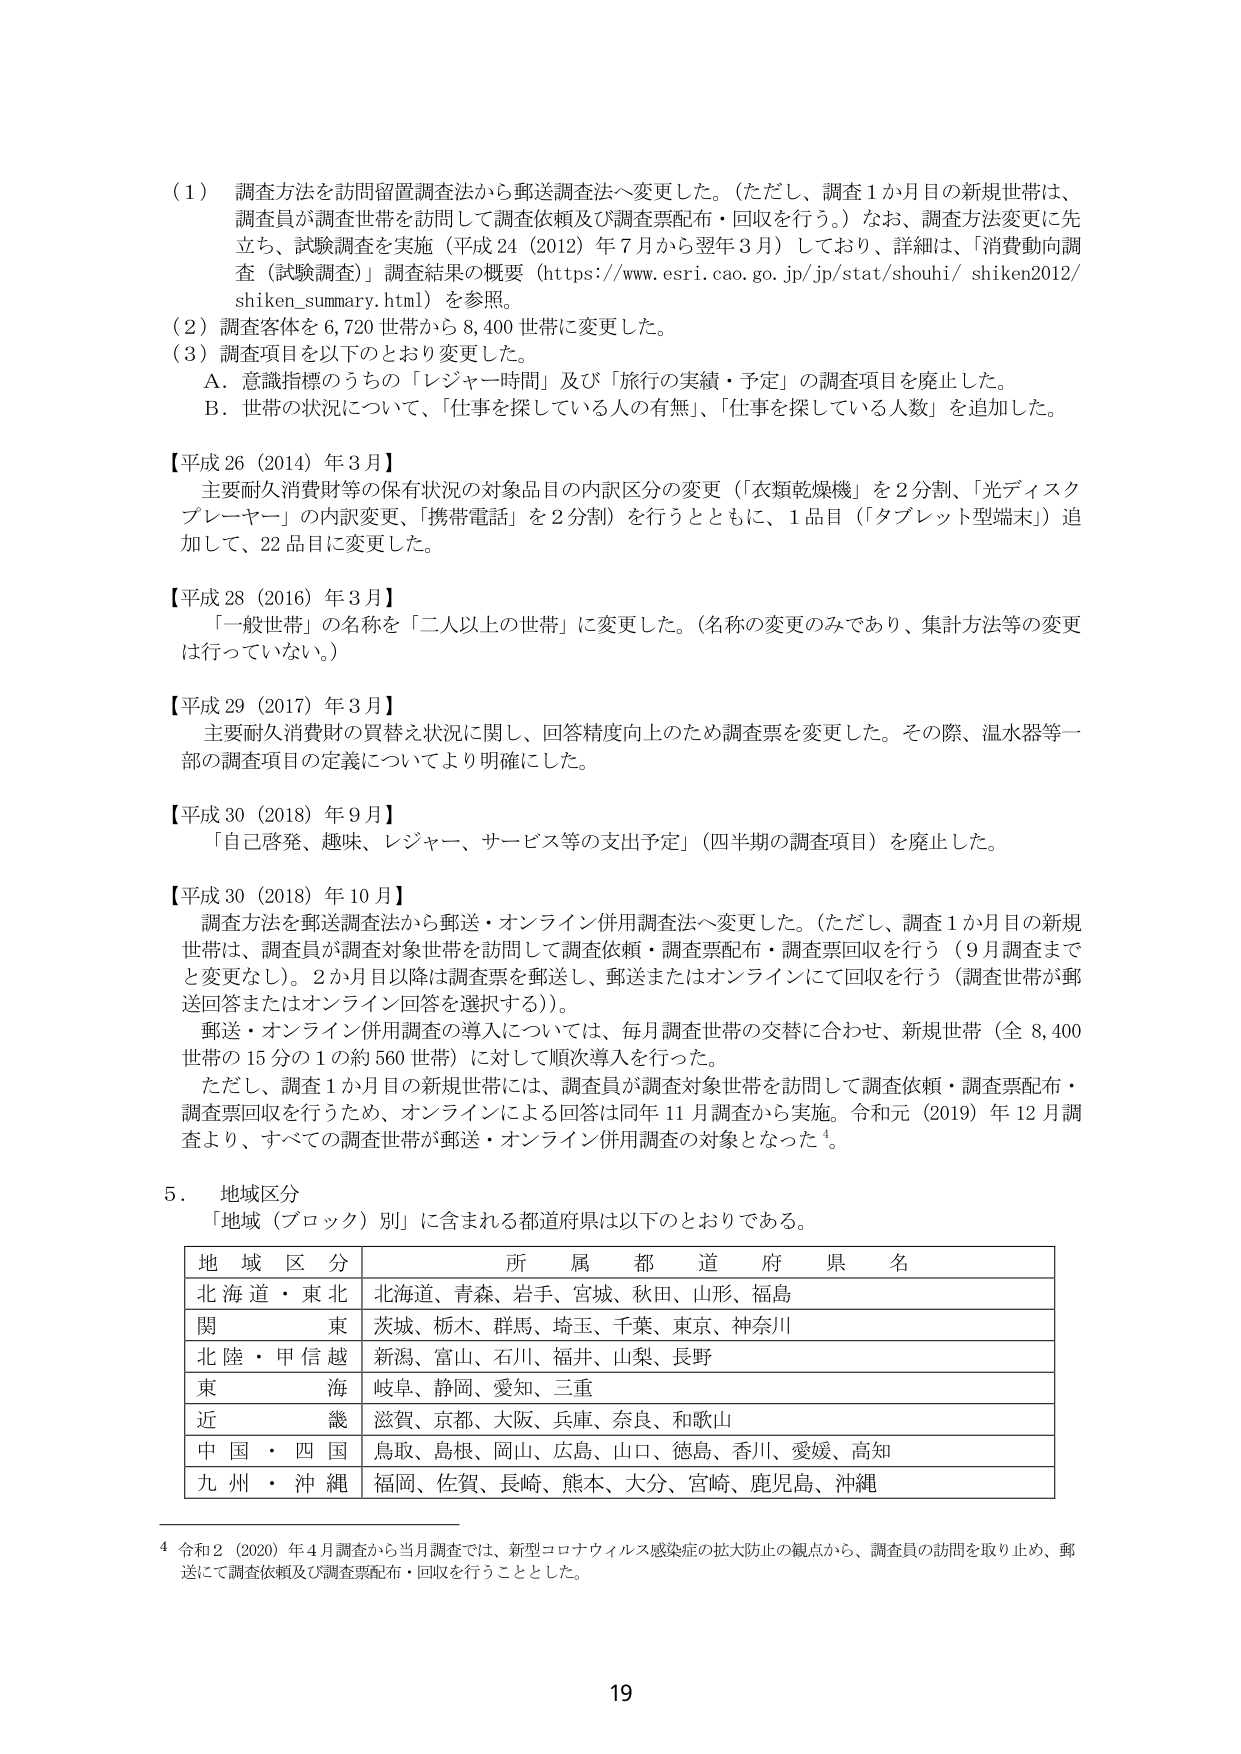
（1）調査方法を訪問留置調査法から郵送調査法へ変更した。（ただし、調査1か月目の新規世帯は、調査員が調査世帯を訪問して調査依頼及び調査票配布・回収を行う。）なお、調査方法変更に先立ち、試験調査を実施（平成24（2012）年7月から翌年3月）しており、詳細は、「消費動向調査（試験調査）」調査結果の概要（https://www.esri.cao.go.jp/jp/stat/shouhi/shiken2012/shiken_summary.html）を参照。

（2）調査客体を6,720世帯から8,400世帯に変更した。

（3）調査項目を以下のとおり変更した。
　A．意識指標のうちの「レジャー時間」及び「旅行の実績・予定」の調査項目を廃止した。
　B．世帯の状況について、「仕事を探している人の有無」、「仕事を探している人数」を追加した。

【平成26（2014）年3月】
　主要耐久消費財等の保有状況の対象品目の内訳区分の変更（「衣類乾燥機」を2分割、「光ディスクプレーヤー」の内訳変更、「携帯電話」を2分割）を行うとともに、1品目（「タブレット型端末」）追加して、22品目に変更した。

【平成28（2016）年3月】
　「一般世帯」の名称を「二人以上の世帯」に変更した。（名称の変更のみであり、集計方法等の変更は行っていない。）

【平成29（2017）年3月】
　主要耐久消費財の買替え状況に関し、回答精度向上のため調査票を変更した。その際、温水器等一部の調査項目の定義についてより明確にした。

【平成30（2018）年9月】
　「自己啓発、趣味、レジャー、サービス等の支出予定」（四半期の調査項目）を廃止した。

【平成30（2018）年10月】
　調査方法を郵送調査法から郵送・オンライン併用調査法へ変更した。（ただし、調査1か月目の新規世帯は、調査員が調査対象世帯を訪問して調査依頼・調査票配布・調査票回収を行う（9月調査までと変更なし）。2か月目以降は調査票を郵送し、郵送またはオンラインにて回収を行う（調査世帯が郵送回答またはオンライン回答を選択する）。）
　郵送・オンライン併用調査の導入については、毎月調査世帯の交替に合わせ、新規世帯（全8,400世帯の15分の1の約560世帯）に対して順次導入を行った。
　ただし、調査1か月目の新規世帯には、調査員が調査対象世帯を訪問して調査依頼・調査票配布・調査票回収を行うため、オンラインによる回答は同年11月調査から実施。令和元（2019）年12月調査より、すべての調査世帯が郵送・オンライン併用調査の対象となった⁴。

5．地域区分
　「地域（ブロック）別」に含まれる都道府県は以下のとおりである。

| 地域区分 | 所属都道府県名 |
|----------|----------------|
| 北海道・東北 | 北海道、青森、岩手、宮城、秋田、山形、福島 |
| 関東 | 茨城、栃木、群馬、埼玉、千葉、東京、神奈川 |
| 北陸・甲信越 | 新潟、富山、石川、福井、山梨、長野 |
| 東海 | 岐阜、静岡、愛知、三重 |
| 近畿 | 滋賀、京都、大阪、兵庫、奈良、和歌山 |
| 中国・四国 | 鳥取、島根、岡山、広島、山口、徳島、香川、愛媛、高知 |
| 九州・沖縄 | 福岡、佐賀、長崎、熊本、大分、宮崎、鹿児島、沖縄 |

⁴ 令和2（2020）年4月調査から当月調査では、新型コロナウイルス感染症の拡大防止の観点から、調査員の訪問を取り止め、郵送にて調査依頼及び調査票配布・回収を行うこととした。

19